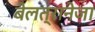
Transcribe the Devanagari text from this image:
बेलत्रानेजा